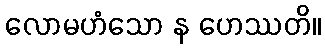
လောမဟံသော န ဟေဿတိ။